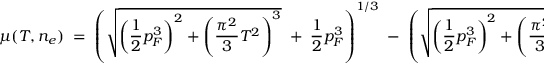
{ \mu ( T , n _ { e } ) \; = \; \left( \sqrt { \left( { \frac { 1 } { 2 } } p _ { F } ^ { 3 } \right) ^ { 2 } + \left( { \frac { \pi ^ { 2 } } { 3 } } T ^ { 2 } \right) ^ { 3 } } \; + \; { \frac { 1 } { 2 } } p _ { F } ^ { 3 } \right) ^ { 1 / 3 } \; - \; \left( \sqrt { \left( { \frac { 1 } { 2 } } p _ { F } ^ { 3 } \right) ^ { 2 } + \left( { \frac { \pi ^ { 2 } } { 3 } } T ^ { 2 } \right) ^ { 3 } } \; - \; { \frac { 1 } { 2 } } p _ { F } ^ { 3 } \right) ^ { 1 / 3 } \; . }